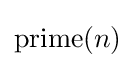
{\textrm {prime}}(n)